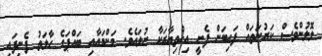
ލޮލުންވެސް ކަރުނަތައް ފައިބަން ފެށީ އިޚްތިޔާރަކާ ނުލައެވެ. މަންމައާއި ބައްޕަގެ ހާލަތު ފެނިފައި